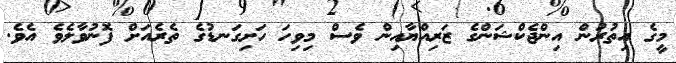
މީގެ އިތުރުން އިންޖެކްޝަންގެ ޒަރިއްޔާއިން ވެސް މިވިހަ ހަށިގަނޑުގެ ތެރެއަށް ފޮނުވާލެވެ އެވެ.